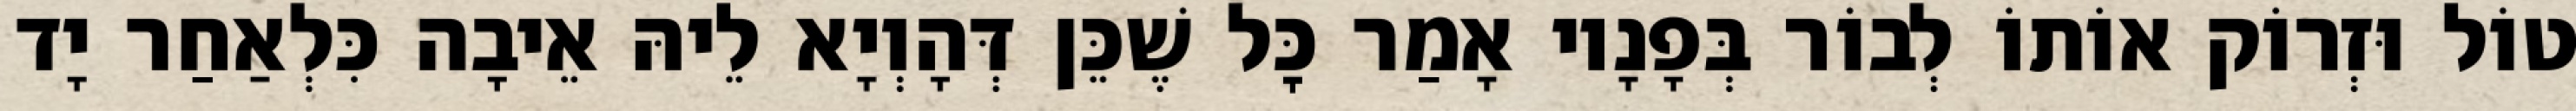
טוֹל וּזְרוֹק אוֹתוֹ לְבוֹר בְּפָנָיו אָמַר כׇּל שֶׁכֵּן דְּהָוְיָא לֵיהּ אֵיבָה כִּלְאַחַר יָד